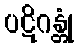
ပဋိဂန္တုံ